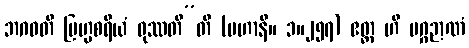
ဘဂဝတိ ဗြဟ္မစရိယံ ဝုဿတီ”တိ (မဟာနိ။ ၁။၂၅၇) ဧတ္ထ ဟိ မဂ္ဂဉာဏံ